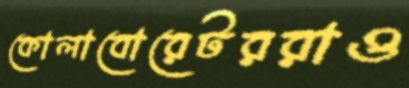
কোলাবোরেটররাও